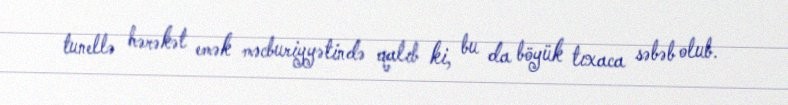
tunellə hərəkət emək məcburiyyətində qalıb ki, bu da böyük tıxaca səbəb olub.